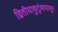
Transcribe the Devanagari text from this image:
द्वितीयाकुटुंबापासून